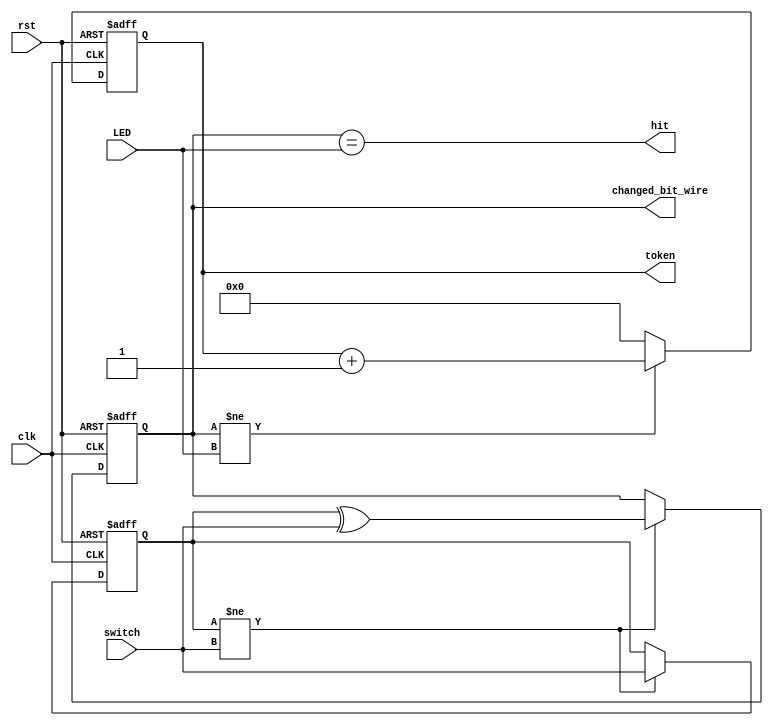
module hit_or_miss(
	input clk,
	input rst,
	input [7:0] switch,
	input [7:0] LED,
	output [7:0] token, //this token is inputted back into randomizer to generate a random #
	output hit,
	output [7:0] changed_bit_wire
);


reg [7:0] token_value;
reg [7:0] changed_bit;
reg [7:0] switch_mem; //keeps track of previous set of switch
//wire [7:0] switch_mem_wire;
assign changed_bit_wire = changed_bit;

assign hit = (changed_bit == LED);
assign token = token_value; //{token_value[0], token_value[1:0], token_value[1:0], token_value[1:0]};

//keeps track of which switch is flipped
always @(posedge clk or posedge rst) begin
	if(rst) begin
		changed_bit <= 0;
		switch_mem <= 0;
	end
	else if(switch_mem != switch) begin
		changed_bit <= switch_mem ^ switch;
		switch_mem <= switch;
	end
end


//token_value
always @(posedge clk or posedge rst) begin
	if(rst) token_value = 0;
	else if(changed_bit != LED) token_value <= token_value + 1; //token value not the same
	else token_value <= 0;
end


endmodule